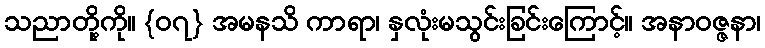
သညာတို့ကို။ {၀၇} အမနသိ ကာရာ၊ နှလုံးမသွင်းခြင်းကြောင့်။ အနာဝဇ္ဇနာ၊